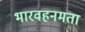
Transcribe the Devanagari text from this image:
भारवहनमता